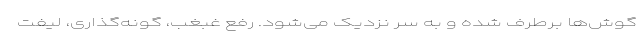
گوش‌ها برطرف شده و به سر نزدیک می‌شود. رفع غبغب، گونه‌گذاری، لیفت